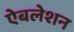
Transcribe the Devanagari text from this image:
ऐबलेशन